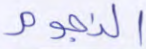
النجوم